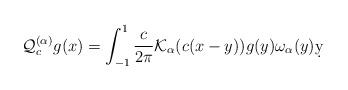
LaTeX: \begin{align*}\mathcal Q_c^{(\alpha)} g (x) = \int_{-1}^1 \frac{c}{2 \pi}\mathcal K_{\alpha}(c(x-y)) g(y) \omega_{\alpha}(y) \d y\end{align*}